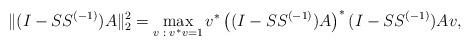
LaTeX: \begin{align*}\|(I-SS^{(-1)})A\|_2^2= \max_{v\;:\;v^* v = 1} v^* \left( (I-SS^{(-1)})A \right)^* (I-SS^{(-1)})A v,\end{align*}